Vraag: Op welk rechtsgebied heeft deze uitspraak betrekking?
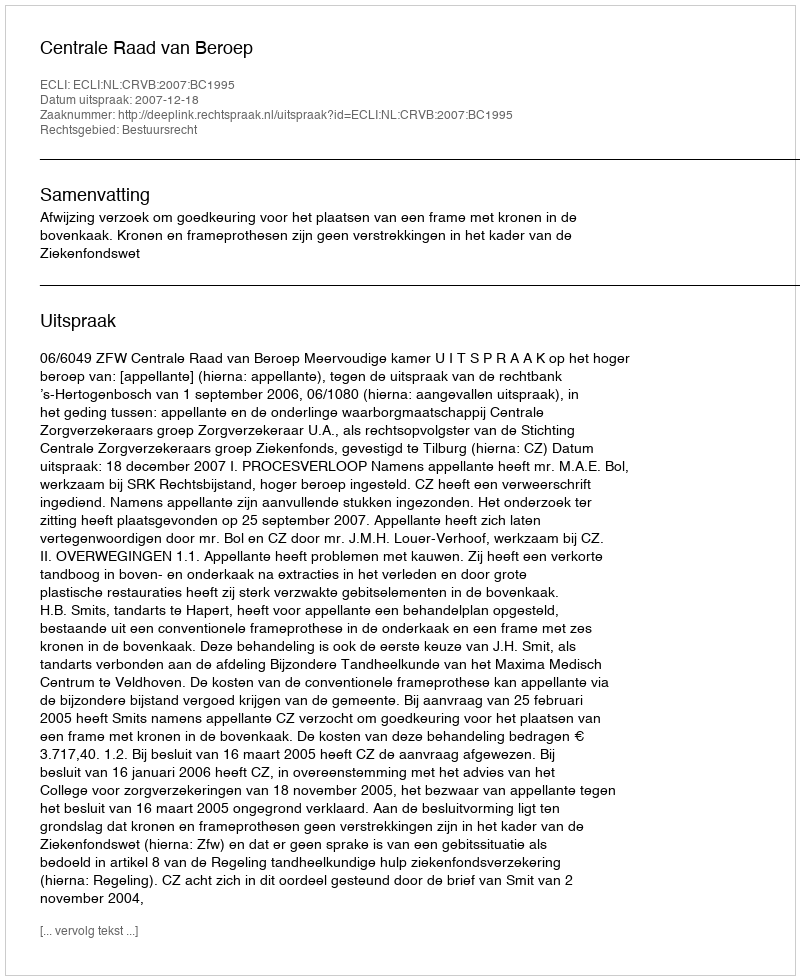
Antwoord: Bestuursrecht